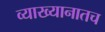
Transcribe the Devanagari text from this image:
व्याख्यानातच